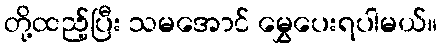
တို့ထည့်ပြီး သမအောင် မွှေပေးရပါမယ်။